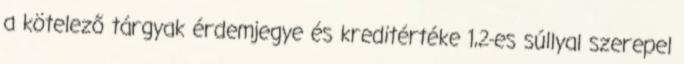
a kötelező tárgyak érdemjegye és kreditértéke 1,2-es súllyal szerepel